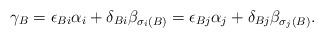
LaTeX: \begin{align*}\gamma_B = \epsilon_{Bi}\alpha_i + \delta_{Bi}\beta_{\sigma_i(B)}=\epsilon_{Bj}\alpha_j + \delta_{Bj}\beta_{\sigma_j(B)}.\end{align*}